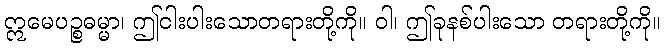
ဣမေပဉ္စဓမ္မာ၊ ဤငါးပါးသောတရားတို့ကို။ ဝါ၊ ဤခုနစ်ပါးသော တရားတို့ကို။